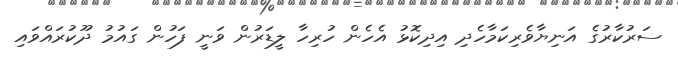
ސަރުކާރުގެ އަނިޔާވެރިކަމާހެދި އިދިކޮޅު އެހެން ހުރިހާ ލީޑަރުން ވަނީ ފަހުން ގައުމު ދޫކުރައްވައި